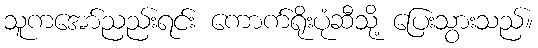
သူကအော်ညည်းရင်း ကောက်ရိုးပုံဆီသို့ ပြေးသွားသည်။